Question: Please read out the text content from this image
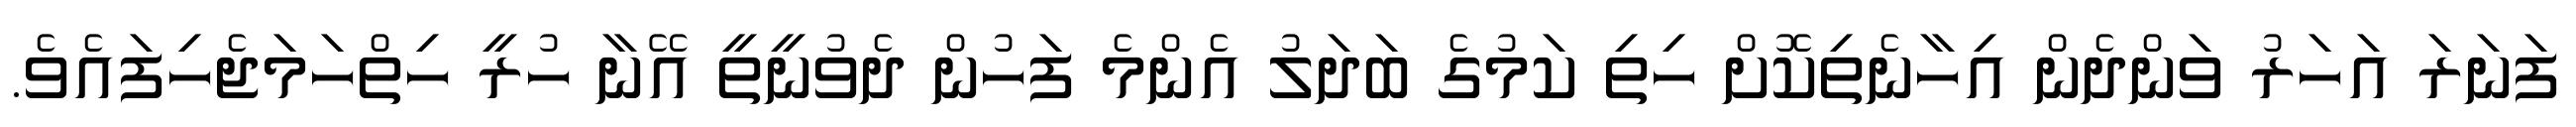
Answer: ފަނަރަ އަހަރު ވަންދެން އިހާނެތިކޮށް ހިތި ކަމުގެ ބަދަލު އެންމެ ފަހުން ދެވުނީތީ އޭނާ ހުރީ ހިތްހަމަޖެހިފައެވެ.